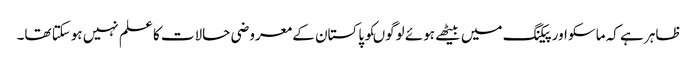
ظاہر ہے کہ ماسکو اور پیکنگ میں بیٹھے ہوئے لوگوںکو پاکستان کے معروضی حالات کا علم نہیں ہوسکتا تھا۔